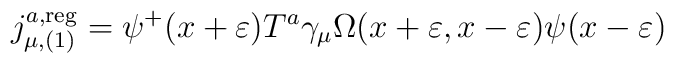
j_{\mu ,(1)}^{a,{\rm reg}}=\psi ^{+}(x+\varepsilon )T^a\gamma _\mu \Omega(x+\varepsilon ,x-\varepsilon )\psi (x-\varepsilon )